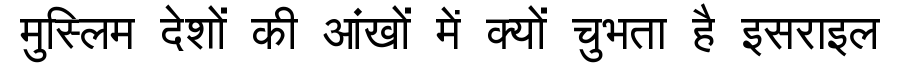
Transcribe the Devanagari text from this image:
मुस्लिम देशों की आंखों में क्यों चुभता है इसराइल